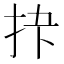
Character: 𪭣